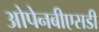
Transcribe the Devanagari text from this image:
ओपेनबीएसडी